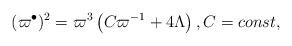
LaTeX: \begin{align*}(\varpi ^{\bullet })^{2}=\varpi ^{3}\left( C\varpi ^{-1}+4\Lambda \right),C=const,\end{align*}